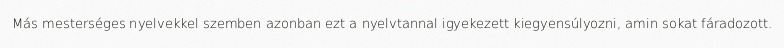
Más mesterséges nyelvekkel szemben azonban ezt a nyelvtannal igyekezett kiegyensúlyozni, amin sokat fáradozott.